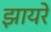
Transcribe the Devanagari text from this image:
झायरे